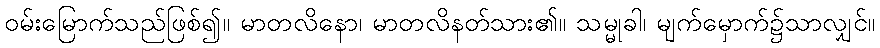
ဝမ်းမြောက်သည်ဖြစ်၍။ မာတလိနော၊ မာတလိနတ်သား၏။ သမ္မုခါ၊ မျက်မှောက်၌သာလျှင်။